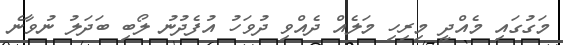
މަގުގައި މެއްދީ މިރިހި މަލެއް ދެއްވި ދުވަހު އުފެދުނު ލޯބި ބަދަލު ނުވާނެ